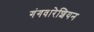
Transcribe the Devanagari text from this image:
गंगवारेशियन